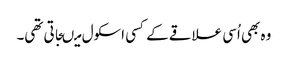
وہ بھی اُسی علاقے کے کسی اسکول میںجاتی تھی۔